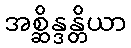
အစ္ဆိန္ဒန္တိယာ